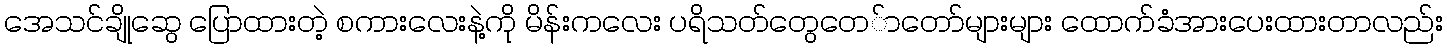
အေသင်ချိုဆွေ ပြောထားတဲ့ စကားလေးနဲ့ကို မိန်းကလေး ပရိသတ်တွေတေ်ာတော်များများ ထောက်ခံအားပေးထားတာလည်း